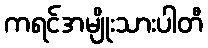
ကရင်အမျိုးသားပါတီ